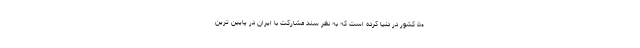
۵۰ کشور در دنیا کرده است که به نظر سند مشارکت با ایران در پایین ترین